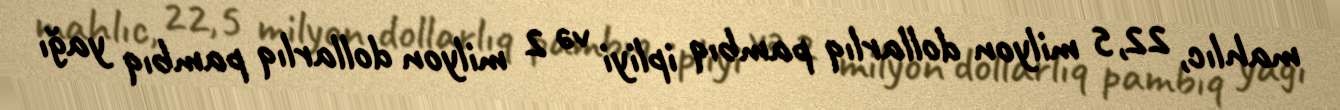
mahlıc, 22,5 milyon dollarlıq pambıq ipliyi və 2 milyon dollarlıq pambıq yağı